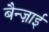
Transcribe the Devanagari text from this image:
बैन्ज़ाई